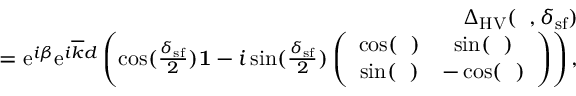
\begin{array} { r l r } & { } & { { \Delta } _ { \mathrm { H V } } ( { \it \Delta \phi } , \delta _ { \mathrm { s f } } ) } \\ & { } & { = \mathrm { e } ^ { i \beta } \mathrm { e } ^ { i \overline { { k } } d } \left( \cos ( \frac { \delta _ { \mathrm { s f } } } { 2 } ) { \bf 1 } - i \sin ( \frac { \delta _ { \mathrm { s f } } } { 2 } ) \left( \begin{array} { c c } { \cos ( { \it \Delta \phi } ) } & { \sin ( { \it \Delta \phi } ) } \\ { \sin ( { \it \Delta \phi } ) } & { - \cos ( { \it \Delta \phi } ) } \end{array} \right) \right) , } \end{array}